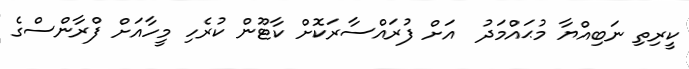
ކީރިތި ނަބިއްޔާ މުޙައްމަދު  އަށް ފުރައްސާރަކޮށް ކާޓޫން ކުރެހި މީހާއަށް ފްރާންސްގެ